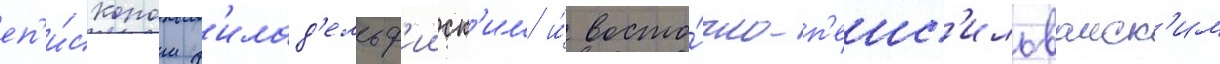
еп'и́скопом ф'илад'ельф'ииск'им и́ восто́чно-п'енс'ильванск'им